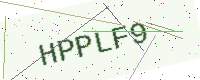
Text: HPPLF9